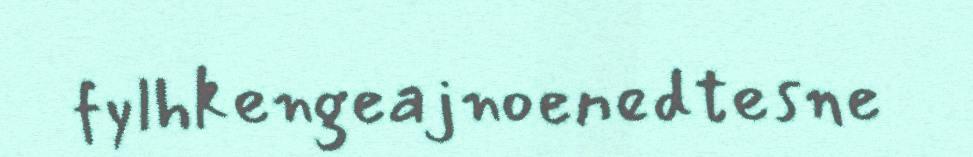
fylhkengeajnoenedtesne